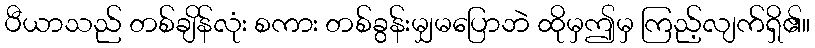
ပီယာသည် တစ်ချိန်လုံး စကား တစ်ခွန်းမျှမပြောဘဲ ထိုမှဤမှ ကြည့်လျက်ရှိ၏။